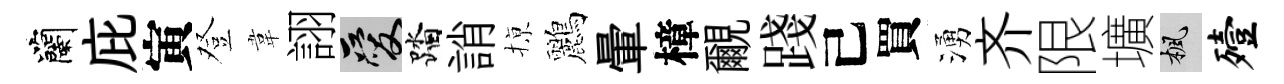
蘭庇寅登韋詡爱踏誚𢱊鸝暈樟覼踐己買湧齐限壙楓殪